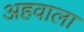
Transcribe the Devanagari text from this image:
अहवाला